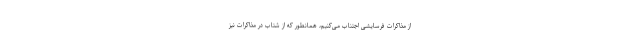
از مذاکرات فرسایشی اجتناب می‌کنیم، همانطور که از شتاب در مذاکرات نیز